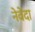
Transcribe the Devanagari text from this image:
नेवेदा